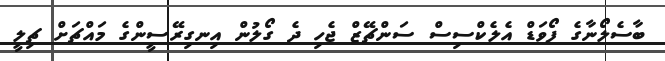
ބާސެލޯނާގެ ފޯވަޑް އެލެކްސިސް ސަންޗޭޒް ޖެހި ދެ ގޯލުން އިނގިރޭސީންގެ މައްޗަށް ޗިލީ